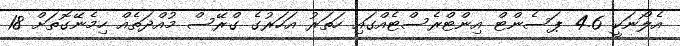
އެލޯނަކީ 4.6 ޕަސެންޓް އިންޓްރެސްޓެއްގައި ހަތަރު އަހަރުގެ ގްރޭސް މުއްދަތެއް ހިމެނޭގޮތަށް 18